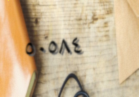
٥٠٥٨٤